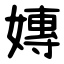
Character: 嫥